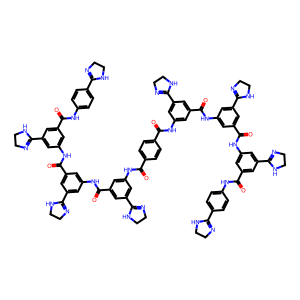
SMILES: O=C(Nc1cc(C(=O)Nc2cc(C(=O)Nc3cc(C(=O)Nc4ccc(C5=NCCN5)cc4)cc(C4=NCCN4)c3)cc(C3=NCCN3)c2)cc(C2=NCCN2)c1)c1ccc(C(=O)Nc2cc(C(=O)Nc3cc(C(=O)Nc4cc(C(=O)Nc5ccc(C6=NCCN6)cc5)cc(C5=NCCN5)c4)cc(C4=NCCN4)c3)cc(C3=NCCN3)c2)cc1
Inhibits HIV replication: Yes